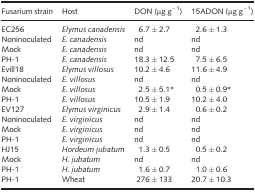
<table><thead><tr><td><b>Fusarium strain</b></td><td><b>Host</b></td><td><b>DON (μg g<sup>−1</sup>)</b></td><td><b>15ADON (μg g<sup>−1</sup>)</b></td></tr></thead><tbody><tr><td>EC256</td><td><i>Elymus canadensis</i></td><td>6.7 ± 2.7</td><td>2.6 ± 1.3</td></tr><tr><td>Noninoculated</td><td><i>E. canadensis</i></td><td>nd</td><td>nd</td></tr><tr><td>Mock</td><td><i>E. canadensis</i></td><td>nd</td><td>nd</td></tr><tr><td>PH‐1</td><td><i>E. canadensis</i></td><td>18.3 ± 12.5</td><td>7.5 ± 6.5</td></tr><tr><td>Evill18</td><td><i>Elymus villosus</i></td><td>10.2 ± 4.6</td><td>11.6 ± 4.9</td></tr><tr><td>Noninoculated</td><td><i>E. villosus</i></td><td>nd</td><td>nd</td></tr><tr><td>Mock</td><td><i>E. villosus</i></td><td>2.5 ± 5.1*</td><td>0.5 ± 0.9*</td></tr><tr><td>PH‐1</td><td><i>E. villosus</i></td><td>10.5 ± 1.9</td><td>10.2 ± 4.0</td></tr><tr><td>EV127</td><td><i>Elymus virginicus</i></td><td>2.9 ± 1.4</td><td>0.6 ± 0.2</td></tr><tr><td>Noninoculated</td><td><i>E. virginicus</i></td><td>nd</td><td>nd</td></tr><tr><td>Mock</td><td><i>E. virginicus</i></td><td>nd</td><td>nd</td></tr><tr><td>PH‐1</td><td><i>E. virginicus</i></td><td>nd</td><td>nd</td></tr><tr><td>HJ15</td><td><i>Hordeum jubatum</i></td><td>1.3 ± 0.5</td><td>0.5 ± 0.2</td></tr><tr><td>Mock</td><td><i>H. jubatum</i></td><td>nd</td><td>nd</td></tr><tr><td>PH‐1</td><td><i>H. jubatum</i></td><td>1.6 ± 0.7</td><td>1.0 ± 0.6</td></tr><tr><td>PH‐1</td><td>Wheat</td><td>276 ± 133</td><td>20.7 ± 10.3</td></tr></tbody></table>